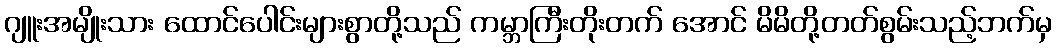
ဂျူးအမျိုးသား ထောင်ပေါင်းများစွာတို့သည် ကမ္ဘာကြီးတိုးတက် အောင် မိမိတို့တတ်စွမ်းသည့်ဘက်မှ